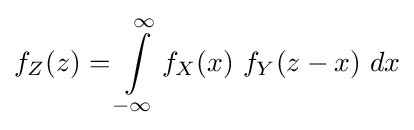
f_{Z}(z)=\int \limits _{-\infty }^{\infty }f_{X}(x)~f_{Y}(z-x)~dx